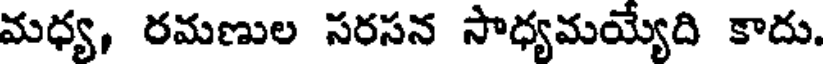
మధ్య, రమణుల సరసన సాధ్యమయ్యేది కాదు.